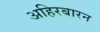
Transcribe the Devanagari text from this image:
अहिरबारन